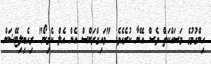
ހިންގުމުގެ މަސައްކަތް ވެސް އޭނާ ކުރެއެވެ. "މައިގްރަންސް އެން އެލް ކެމިނޯ" ރިހެބިލިޓޭޝަން